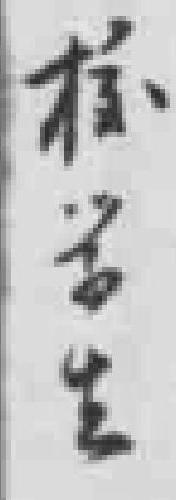
校学生